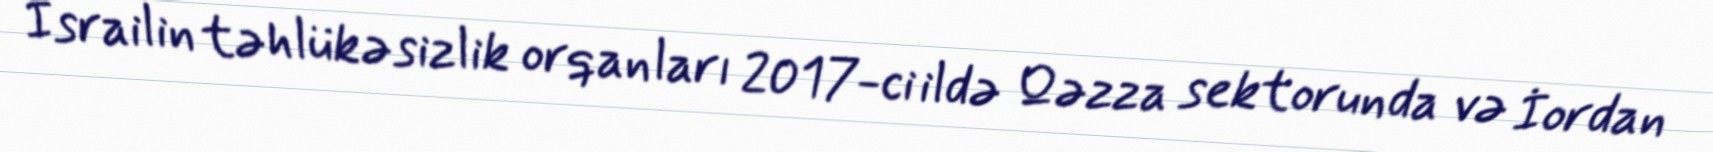
İsrailin təhlükəsizlik orqanları 2017-ci ildə Qəzza sektorunda və İordan